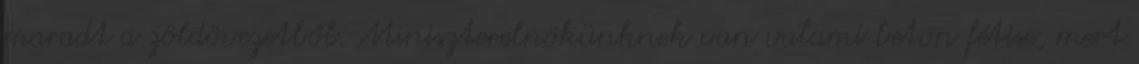
maradt a zöldövezetből. Miniszterelnökünknek van valami beton fétise, mert